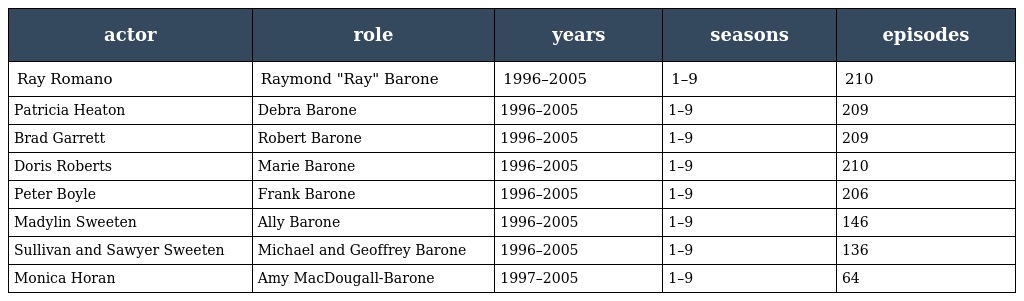
| actor | role | years | seasons | episodes |
 | --- | --- | --- | --- | --- |
 | Ray Romano | Raymond "Ray" Barone | 1996–2005 | 1–9 | 210 |
 | Patricia Heaton | Debra Barone | 1996–2005 | 1–9 | 209 |
 | Brad Garrett | Robert Barone | 1996–2005 | 1–9 | 209 |
 | Doris Roberts | Marie Barone | 1996–2005 | 1–9 | 210 |
 | Peter Boyle | Frank Barone | 1996–2005 | 1–9 | 206 |
 | Madylin Sweeten | Ally Barone | 1996–2005 | 1–9 | 146 |
 | Sullivan and Sawyer Sweeten | Michael and Geoffrey Barone | 1996–2005 | 1–9 | 136 |
 | Monica Horan | Amy MacDougall-Barone | 1997–2005 | 1–9 | 64 |